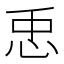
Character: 𢘗